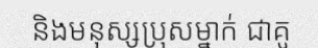
និងមនុស្សប្រុសម្នាក់ ជាគូ